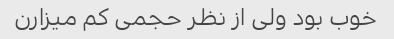
خوب بود ولی از نظر حجمی کم میزارن